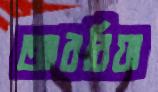
আবরিয়া